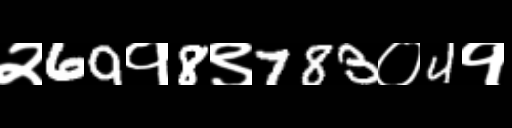
Text: २69१8९783०4१